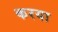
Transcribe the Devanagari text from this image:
करया